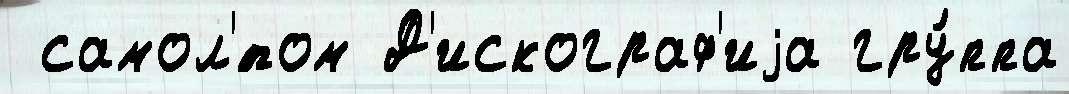
 самол'́том Д'искограф'иjа гру́ппа